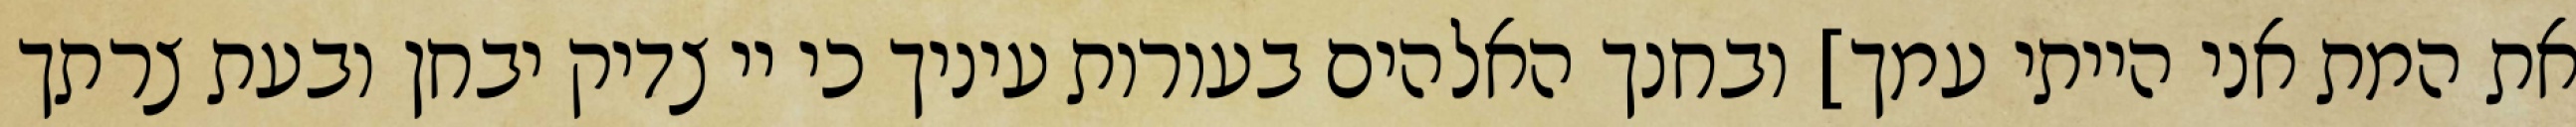
את המת אני הייתי עמך] ובחנך האלהים בעורות עיניך כי יי צדיק יבחן ובעת צרתך